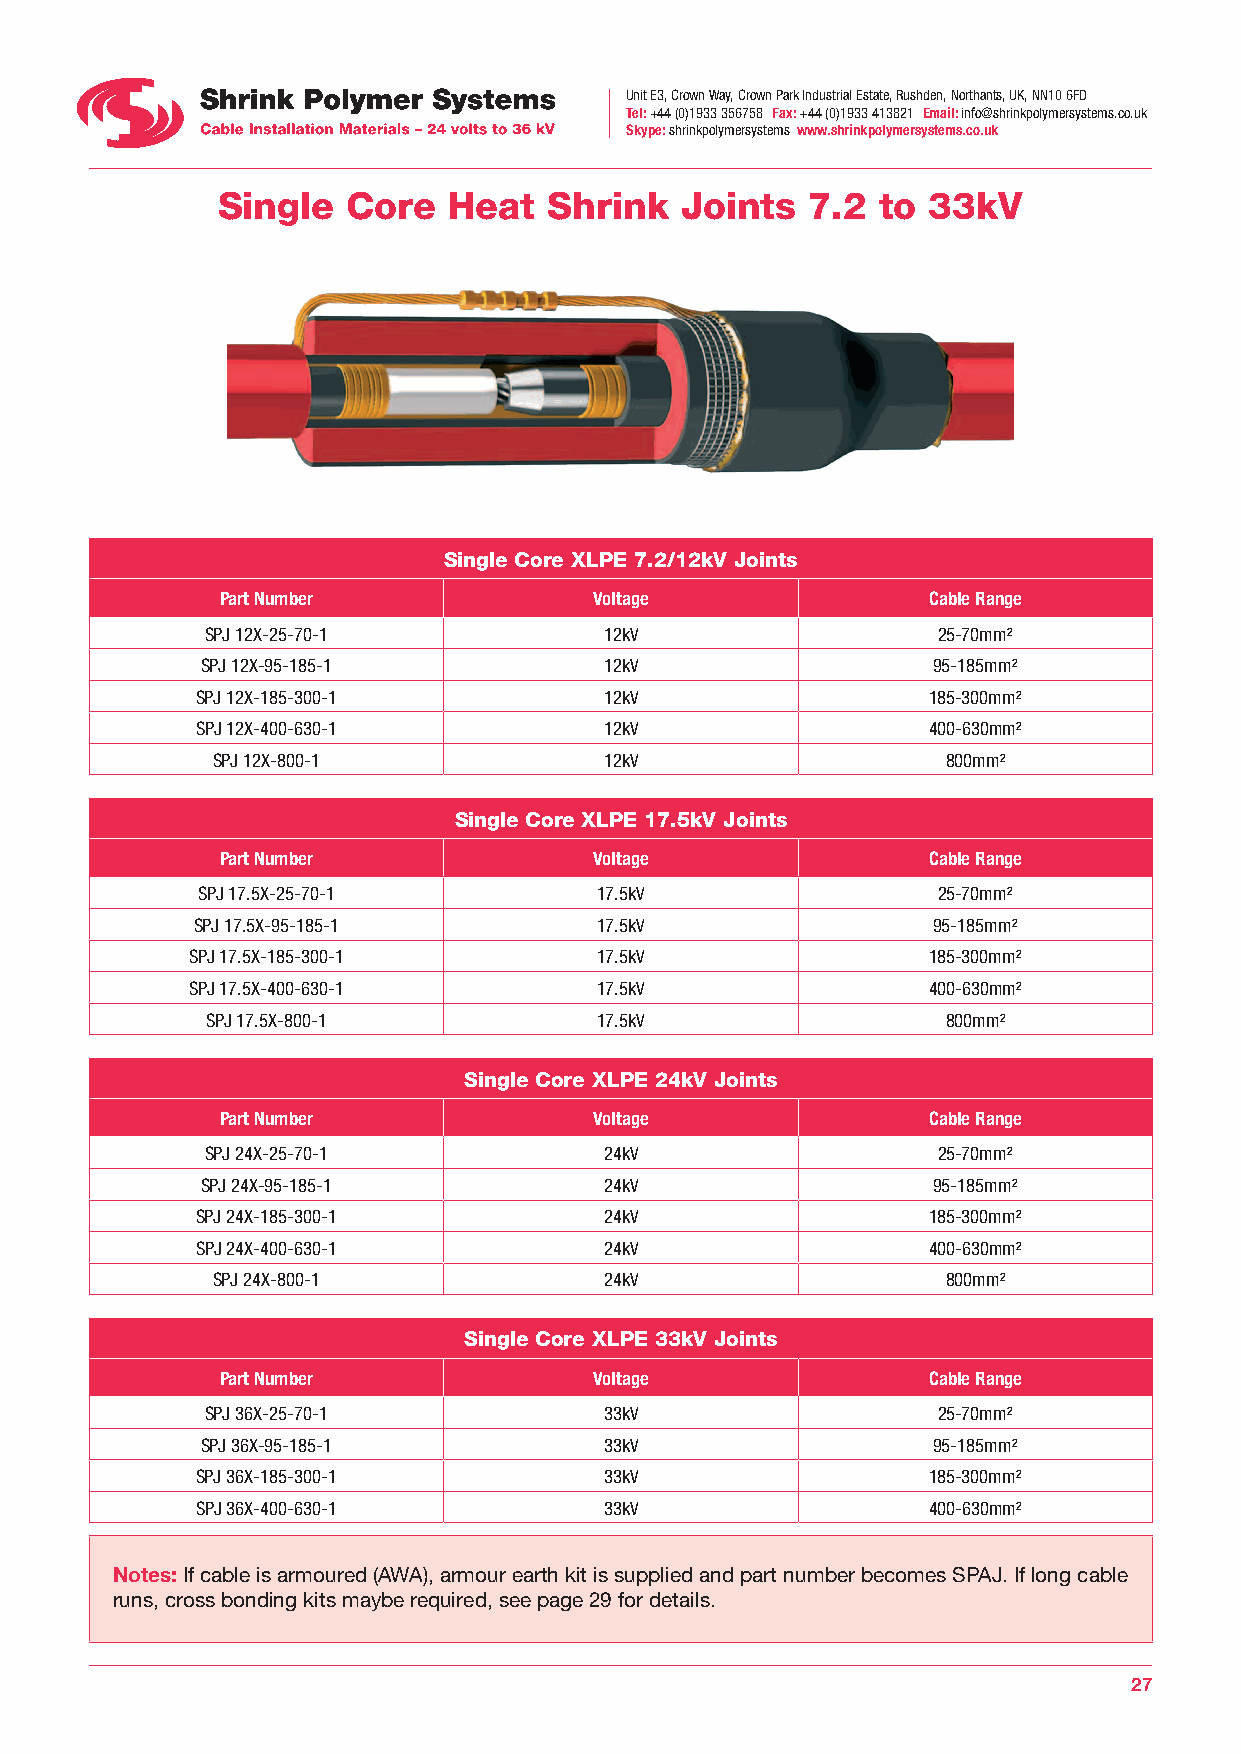
Unit E3, Crown Way, Crown Park Industrial Estate, Rushden, Northants, UK, NN10 6FD
 Tel: +44 (0)1933 356758 Fax: +44 (0)1933 413821 Email: info@shrinkpolymersystems.co.uk
 Skype: shrinkpolymersystems www.shrinkpolymersystems.co.uk
 Single   Core   Heat  Shrink   Joints  7.2  to 33kV
 Single Core XLPE 7.2/12kV Joints
 Part Number             Voltage               Cable Range
 SPJ 12X-25-70-1           12kV                  25-70mm²
 SPJ 12X-95-185-1           12kV                  95-185mm²
 SPJ 12X-185-300-1          12kV                 185-300mm²
 SPJ 12X-400-630-1          12kV                 400-630mm²
 SPJ 12X-800-1             12kV                   800mm²
 Single Core XLPE 17.5kV Joints
 Part Number             Voltage               Cable Range
 SPJ 17.5X-25-70-1         17.5kV                 25-70mm²
 SPJ 17.5X-95-185-1        17.5kV                 95-185mm²
 SPJ 17.5X-185-300-1       17.5kV                185-300mm²
 SPJ 17.5X-400-630-1       17.5kV                400-630mm²
 SPJ 17.5X-800-1          17.5kV                  800mm²
 Single Core XLPE 24kV Joints
 Part Number             Voltage               Cable Range
 SPJ 24X-25-70-1           24kV                  25-70mm²
 SPJ 24X-95-185-1           24kV                  95-185mm²
 SPJ 24X-185-300-1          24kV                 185-300mm²
 SPJ 24X-400-630-1          24kV                 400-630mm²
 SPJ 24X-800-1             24kV                   800mm²
 Single Core XLPE 33kV Joints
 Part Number             Voltage               Cable Range
 SPJ 36X-25-70-1           33kV                  25-70mm²
 SPJ 36X-95-185-1           33kV                  95-185mm²
 SPJ 36X-185-300-1          33kV                 185-300mm²
 SPJ 36X-400-630-1          33kV                 400-630mm²
 Notes: If cable is armoured (AWA), armour earth kit is supplied and part number becomes SPAJ. If long cable
 runs, cross bonding kits maybe required, see page 29 for details.
 27